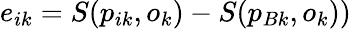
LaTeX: e_{ik}=S(p_{ik},o_{k})-S(p_{Bk},o_{k}))